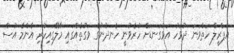
އެޕްރީލް ހަތްވަނަ ދުވަހު އަޅުގަނޑަށް ހުރެވުނީ ހެނދުނުގެ ވަގުތެއްގައި މާލޭގައިހުރި އެންމެ އުސް